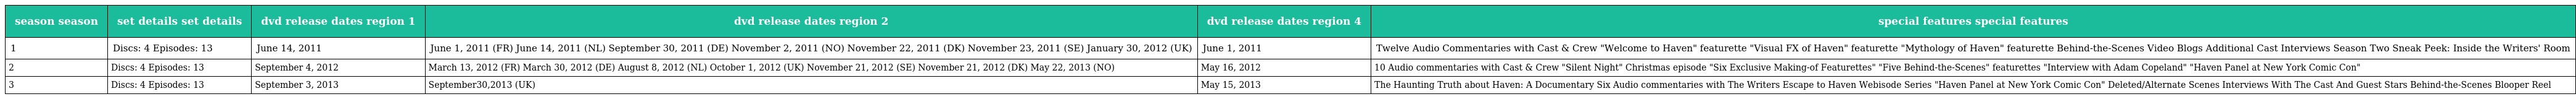
| season season | set details set details | dvd release dates region 1 | dvd release dates region 2 | dvd release dates region 4 | special features special features |
 | --- | --- | --- | --- | --- | --- |
 | 1 | Discs: 4 Episodes: 13 | June 14, 2011 | June 1, 2011 (FR) June 14, 2011 (NL) September 30, 2011 (DE) November 2, 2011 (NO) November 22, 2011 (DK) November 23, 2011 (SE) January 30, 2012 (UK) | June 1, 2011 | Twelve Audio Commentaries with Cast & Crew "Welcome to Haven" featurette "Visual FX of Haven" featurette "Mythology of Haven" featurette Behind-the-Scenes Video Blogs Additional Cast Interviews Season Two Sneak Peek: Inside the Writers' Room |
 | 2 | Discs: 4 Episodes: 13 | September 4, 2012 | March 13, 2012 (FR) March 30, 2012 (DE) August 8, 2012 (NL) October 1, 2012 (UK) November 21, 2012 (SE) November 21, 2012 (DK) May 22, 2013 (NO) | May 16, 2012 | 10 Audio commentaries with Cast & Crew "Silent Night" Christmas episode "Six Exclusive Making-of Featurettes" "Five Behind-the-Scenes" featurettes "Interview with Adam Copeland" "Haven Panel at New York Comic Con" |
 | 3 | Discs: 4 Episodes: 13 | September 3, 2013 | September30,2013 (UK) | May 15, 2013 | The Haunting Truth about Haven: A Documentary Six Audio commentaries with The Writers Escape to Haven Webisode Series "Haven Panel at New York Comic Con" Deleted/Alternate Scenes Interviews With The Cast And Guest Stars Behind-the-Scenes Blooper Reel |